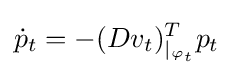
{\dot {p}}_{t}=-(Dv_{t})_{|_{\varphi _{t}}}^{T}p_{t}